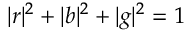
| r | ^ { 2 } + | b | ^ { 2 } + | g | ^ { 2 } = 1